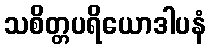
သစိတ္တပရိယောဒါပနံ